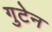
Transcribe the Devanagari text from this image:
गुटेन